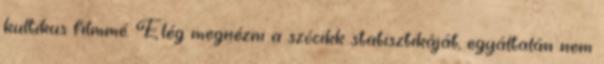
kultikus filmmé. Elég megnézni a szócikk statisztikáját, egyáltalán nem